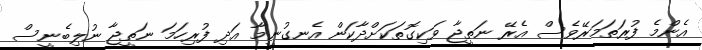
އެންމެ ފުރަތަމަރޭވެސް އެރޭ ނަތީޖާ ވަކިގޮތަކަށްދާކަން އެނގުނީމާ އަދި ފުރިހަމަ ނަތީޖާ ނުލިބެނީސް